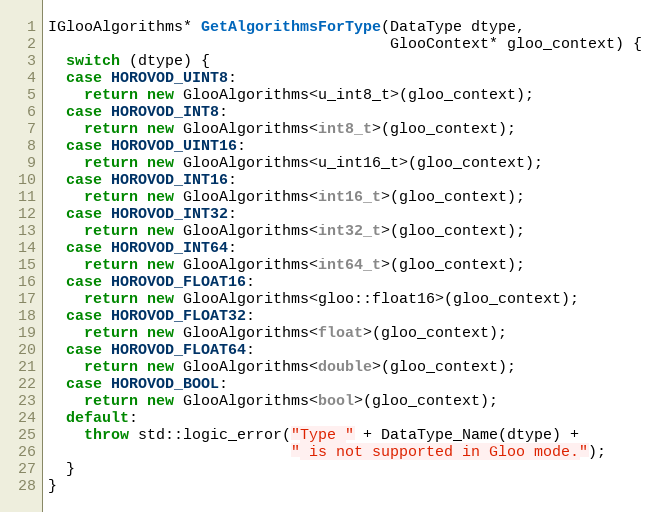
Language: C++
IGlooAlgorithms* GetAlgorithmsForType(DataType dtype,
                                      GlooContext* gloo_context) {
  switch (dtype) {
  case HOROVOD_UINT8:
    return new GlooAlgorithms<u_int8_t>(gloo_context);
  case HOROVOD_INT8:
    return new GlooAlgorithms<int8_t>(gloo_context);
  case HOROVOD_UINT16:
    return new GlooAlgorithms<u_int16_t>(gloo_context);
  case HOROVOD_INT16:
    return new GlooAlgorithms<int16_t>(gloo_context);
  case HOROVOD_INT32:
    return new GlooAlgorithms<int32_t>(gloo_context);
  case HOROVOD_INT64:
    return new GlooAlgorithms<int64_t>(gloo_context);
  case HOROVOD_FLOAT16:
    return new GlooAlgorithms<gloo::float16>(gloo_context);
  case HOROVOD_FLOAT32:
    return new GlooAlgorithms<float>(gloo_context);
  case HOROVOD_FLOAT64:
    return new GlooAlgorithms<double>(gloo_context);
  case HOROVOD_BOOL:
    return new GlooAlgorithms<bool>(gloo_context);
  default:
    throw std::logic_error("Type " + DataType_Name(dtype) +
                           " is not supported in Gloo mode.");
  }
}